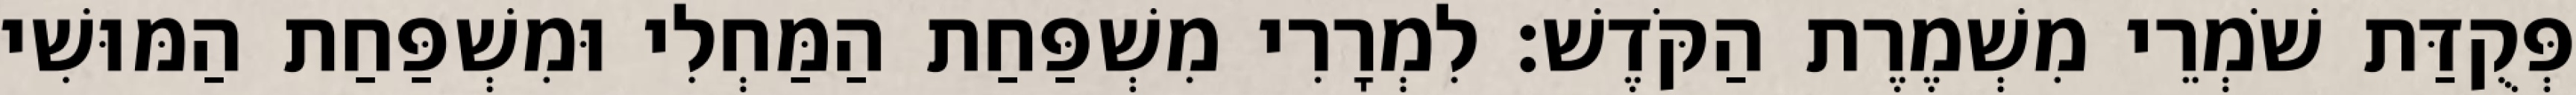
פְּקֻדַּת שֹׁמְרֵי מִשְׁמֶרֶת הַקֹּדֶשׁ׃ לִמְרָרִי מִשְׁפַּחַת הַמַּחְלִי וּמִשְׁפַּחַת הַמּוּשִׁי